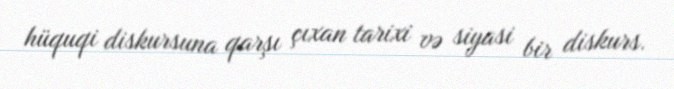
hüquqi diskursuna qarşı çıxan tarixi və siyasi bir diskurs.